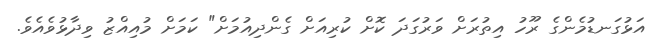
އަޅުގަނޑުމެންގެ ރޫހު އިތުރަށް ވަރުގަދަ ކޮށް ކުރިއަށް ގެންދިއުމަށް" ކަމަށް މުއިއްޒު ވިދާޅުވެއެވެ.